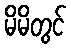
မိမိတွင်